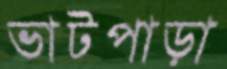
ভাটপাড়া